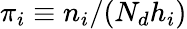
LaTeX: \pi_{i}\equiv n_{i}/(N_{d}h_{i})